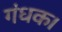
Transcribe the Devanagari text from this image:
गंधक।